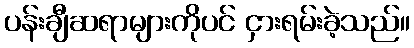
ပန်းချီဆရာများကိုပင် ငှားရမ်းခဲ့သည်။